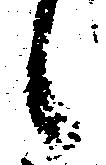
候